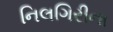
નિલગિરીના